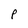
Character: P